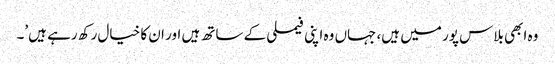
وہ ابھی بلاس پور میں ہیں، جہاں وہ اپنی فیملی کے ساتھ ہیں اور ان کا خیال رکھ رہے ہیں’۔